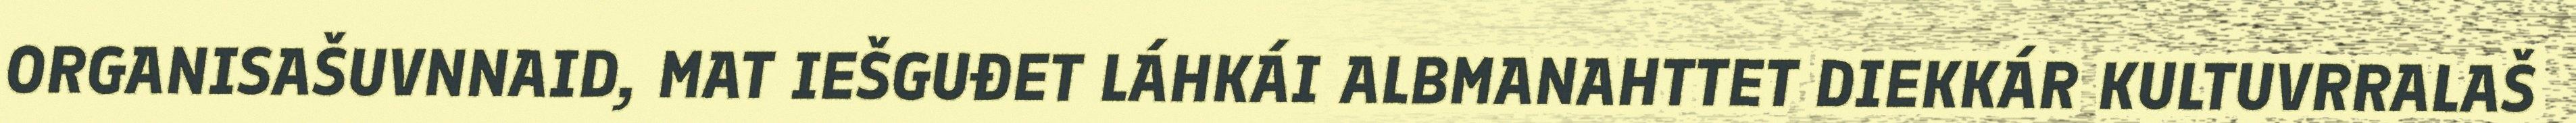
ORGANISAŠUVNNAID, MAT IEŠGUĐET LÁHKÁI ALBMANAHTTET DIEKKÁR KULTUVRRALAŠ